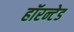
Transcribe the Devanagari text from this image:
हॉरन्टेड